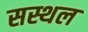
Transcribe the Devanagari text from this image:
सस्थल